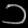
Digit: ၁